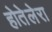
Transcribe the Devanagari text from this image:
होतेलेरा